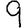
Digit: 9